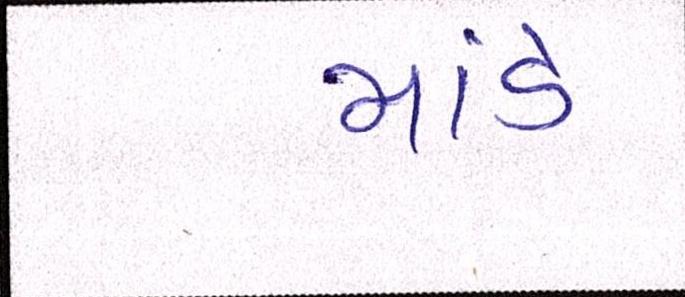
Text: માંડે